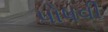
પોષવી